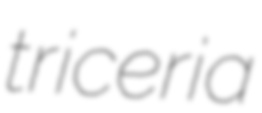
triceria